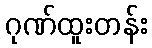
ဂုဏ်ထူးတန်း